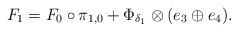
LaTeX: \begin{align*} F_1 = F_0\circ\pi_{1,0}+\Phi_{\delta_1}\otimes(e_3\oplus e_4).\end{align*}